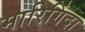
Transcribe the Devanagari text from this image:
मारिगिंदा